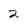
Character: 2